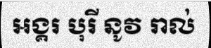
អង្គរ បុរី នូវ រាល់